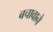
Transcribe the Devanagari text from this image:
बचावाने